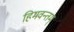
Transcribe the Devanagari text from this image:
हिमवन्तम्